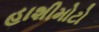
હાશીમોટો